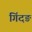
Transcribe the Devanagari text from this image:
गिंदङ